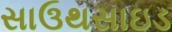
સાઉથસાઇડ